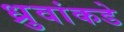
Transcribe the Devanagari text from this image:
ध्रुवांकडे